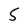
Character: 5